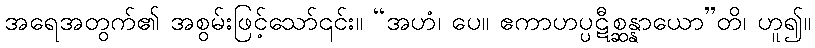
အရေအတွက်၏ အစွမ်းဖြင့်သော်၎င်း။ “အဟံ၊ ပေ။ ဧကာဟပ္ပဋီစ္ဆန္နာယော”တိ၊ ဟူ၍။